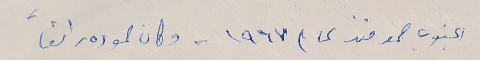
الجنوب صمد منذ عام ١٩٦٧ - وكان صموده رائعاً